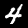
Digit: 4